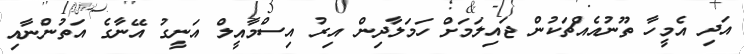
އަދި އެމީހާ ތޫނުއެއްޗަކުން ޖައިލަމަށް ހަމަލާދިން އިރު އިސްމާއީލް އަނީގު އޭނާގެ އަތުންނާއި